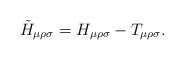
LaTeX: \begin{align*}\tilde{H}_{\mu\rho\sigma}= H_{\mu\rho\sigma}- T_{\mu\rho\sigma}.\end{align*}